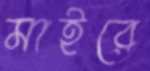
মাইরে